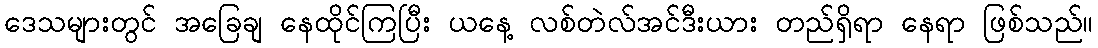
ဒေသများတွင် အခြေချ နေထိုင်ကြပြီး ယနေ့ လစ်တဲလ်အင်ဒီးယား တည်ရှိရာ နေရာ ဖြစ်သည်။